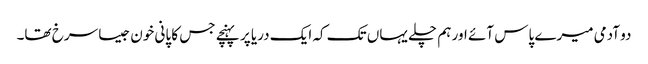
دو آدمی میرے پاس آئے اور ہم چلے یہاں تک کہ ایک دریا پر پہنچے جس کا پانی خون جیسا سرخ تھا۔